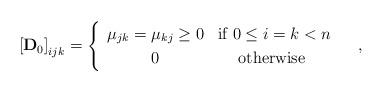
LaTeX: \begin{align*}\left[\mathbf{D}_{0}\right]_{ijk}=\begin{cases}\begin{array}{cc}\mu_{jk}=\mu_{kj}\ge0 & \mbox{if }0\le i=k<n\\0 & \mbox{otherwise }\end{array}\end{cases},\end{align*}